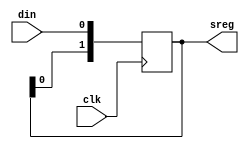
/*
  Copyright (c) 2023, miya
  All rights reserved.

  Redistribution and use in source and binary forms, with or without modification, are permitted provided that the following conditions are met:

  1. Redistributions of source code must retain the above copyright notice, this list of conditions and the following disclaimer.

  2. Redistributions in binary form must reproduce the above copyright notice, this list of conditions and the following disclaimer in the documentation and/or other materials provided with the distribution.

  THIS SOFTWARE IS PROVIDED BY THE COPYRIGHT HOLDERS AND CONTRIBUTORS "AS IS" AND ANY EXPRESS OR IMPLIED WARRANTIES, INCLUDING, BUT NOT LIMITED TO, THE IMPLIED WARRANTIES OF MERCHANTABILITY AND FITNESS FOR A PARTICULAR PURPOSE ARE DISCLAIMED.
  IN NO EVENT SHALL THE COPYRIGHT OWNER OR CONTRIBUTORS BE LIABLE FOR ANY DIRECT, INDIRECT, INCIDENTAL, SPECIAL, EXEMPLARY, OR CONSEQUENTIAL DAMAGES (INCLUDING, BUT NOT LIMITED TO,
  PROCUREMENT OF SUBSTITUTE GOODS OR SERVICES; LOSS OF USE, DATA, OR PROFITS; OR BUSINESS INTERRUPTION) HOWEVER CAUSED AND ON ANY THEORY OF LIABILITY, WHETHER IN CONTRACT, STRICT LIABILITY, OR TORT (INCLUDING NEGLIGENCE OR OTHERWISE) ARISING IN ANY WAY OUT OF THE USE OF THIS SOFTWARE, EVEN IF ADVISED OF THE POSSIBILITY OF SUCH DAMAGE.
*/

/*
 Usage:
 parameter DEPTH >= 2

 wire foo;
 wire [2:0] bar;
 shift_register_factory #(.DEPTH(3)) shift_register_factory_0 (.clk(clk), .din(foo), .dout(bar));

 bar[0]: 1 clock cycle delay of foo
 bar[2]: 3 clock cycle delay of foo
 */

module shift_register_factory
  #(
    parameter DEPTH = 2
    )
  (
   input wire             clk,
   input wire             din,
   output reg [DEPTH-1:0] sreg
   );

  always @(posedge clk)
    begin
      sreg <= {sreg[DEPTH-2:0], din};
    end

endmodule